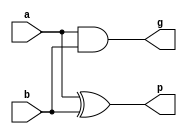
module PGGen(output g, p, input a, b);
 
  and #(1) (g, a, b);
  xor #(2) (p, a, b);
 
endmodule

module adder(output [7:0] sum, output cout, input [7:0] a, b);
wire [7:0] g, p, c;
wire [135:0] e;
wire cin;
buf #(1) (cin, 0);
//c[0]
and #(1) (e[0], cin, p[0]);
or #(1) (c[0], e[0], g[0]);

//c[1]
and #(1) (e[1], cin, p[0], p[1]);
and #(1) (e[2], g[0], p[1]);
or #(1) (c[1], e[1], e[2], g[1]);

//c[2]
and #(1) (e[3], cin, p[0], p[1], p[2]);
and #(1) (e[4], g[0], p[1], p[2]);
and #(1) (e[5], g[1], p[2]);
or #(1) (c[2], e[3], e[4], e[5], g[2]);

//c[3]
and #(1) (e[6], cin, p[0], p[1], p[2], p[3]);
and #(1) (e[7], g[0], p[1], p[2], p[3]);
and #(1) (e[8], g[1], p[2], p[3]);
and #(1) (e[9], g[2], p[3]);
or #(1) (c[3], e[6], e[7], e[8], e[9], g[3]);

//c[4]
and #(1) (e[10], cin, p[0], p[1], p[2], p[3], p[4]);
and #(1) (e[11], g[0], p[1], p[2], p[3], p[4]);
and #(1) (e[12], g[1], p[2], p[3], p[4]);
and #(1) (e[13], g[2], p[3], p[4]);
and #(1) (e[14], g[3], p[4]);
or #(1) (c[4], e[10], e[11], e[12], e[13], e[14], g[4]);

//c[5]
and #(1) (e[15], cin, p[0], p[1], p[2], p[3], p[4], p[5]);
and #(1) (e[16], g[0], p[1], p[2], p[3], p[4], p[5]);
and #(1) (e[17], g[1], p[2], p[3], p[4], p[5]);
and #(1) (e[18], g[2], p[3], p[4], p[5]);
and #(1) (e[19], g[3], p[4], p[5]);
and #(1) (e[20], g[4], p[5]);
or #(1) (c[5], e[15], e[16], e[17], e[18], e[19], e[20], g[5]);

//c[6]
and #(1) (e[21], cin, p[0], p[1], p[2], p[3], p[4], p[5], p[6]);
and #(1) (e[22], g[0], p[1], p[2], p[3], p[4], p[5], p[6]);
and #(1) (e[23], g[1], p[2], p[3], p[4], p[5], p[6]);
and #(1) (e[24], g[2], p[3], p[4], p[5], p[6]);
and #(1) (e[25], g[3], p[4], p[5], p[6]);
and #(1) (e[26], g[4], p[5], p[6]);
and #(1) (e[27], g[5], p[6]);
or #(1) (c[6], e[21], e[22], e[23], e[24], e[25], e[26], e[27], g[6]);

//c[7]
and #(1) (e[28], cin, p[0], p[1], p[2], p[3], p[4], p[5], p[6], p[7]);
and #(1) (e[29], g[0], p[1], p[2], p[3], p[4], p[5], p[6], p[7]);
and #(1) (e[30], g[1], p[2], p[3], p[4], p[5], p[6], p[7]);
and #(1) (e[31], g[2], p[3], p[4], p[5], p[6], p[7]);
and #(1) (e[32], g[3], p[4], p[5], p[6], p[7]);
and #(1) (e[33], g[4], p[5], p[6], p[7]);
and #(1) (e[34], g[5], p[6], p[7]);
and #(1) (e[35], g[6], p[7]);
or #(1) (c[7], e[28], e[29], e[30], e[31], e[32], e[33], e[34], e[35], g[7]);

xor #(2) (sum[0],p[0],cin);
xor #(2) x[7:1](sum[7:1],p[7:1],c[6:0]);
buf #(1) (cout, c[7]);
PGGen pggen[7:0](g[7:0],p[7:0],a[7:0],b[7:0]);
endmodule